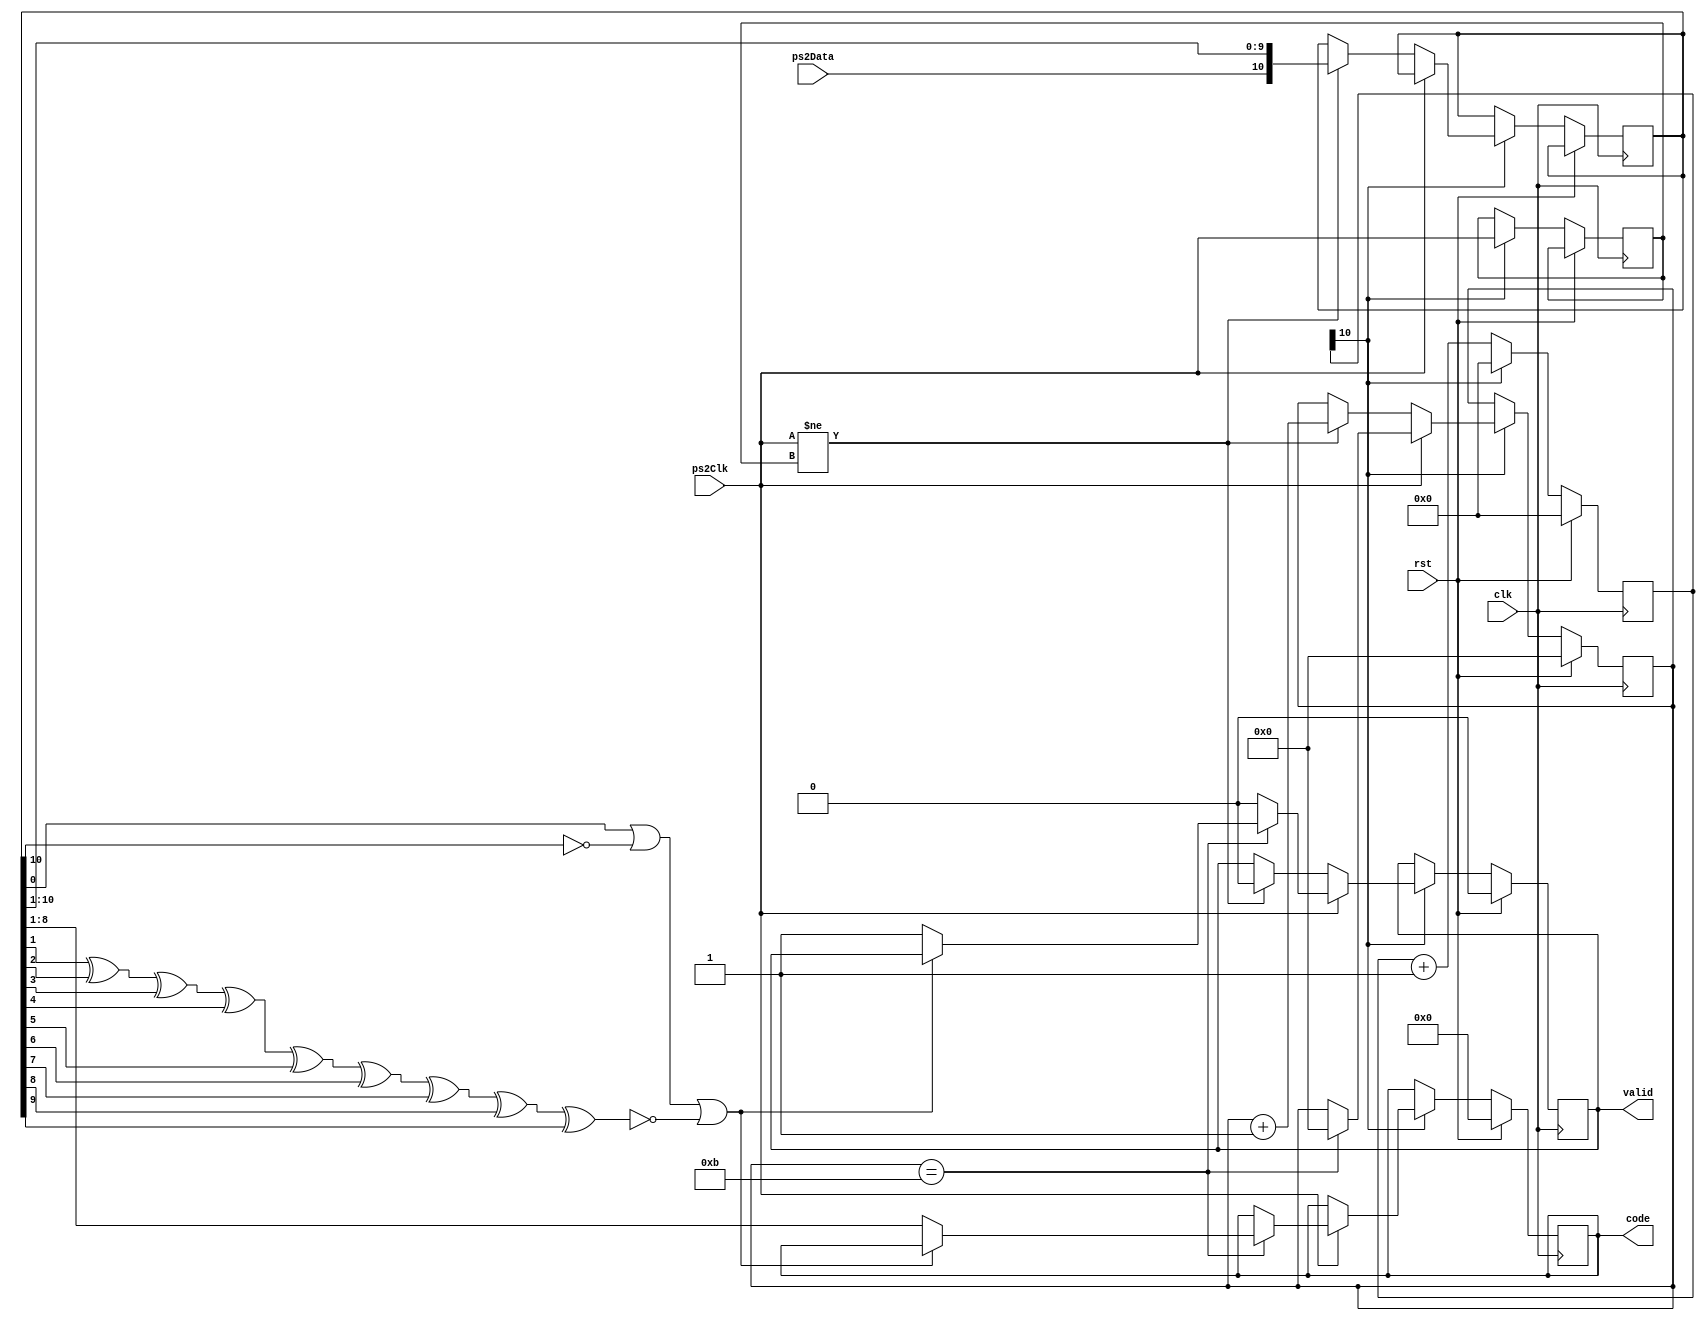
//https://www.avrfreaks.net/sites/default/files/PS2%20Keyboard.pdf
`timescale 1ns / 1ps

module PS2(
  input clk,             // Input clock, 50MHz
  input rst,             // Reset signal
  input ps2Clk,          // PS/2 input clock, 10-16.7MHz
  input ps2Data,         // PS/2 data
  output reg [7:0] code, // Code that was detected
  output reg valid       // Whether output data is valid or not
  );

  reg [10:0] counter = 0;
  reg [10:0] dataRead = 0;
  reg [3:0]  bitsReceived = 0;
  reg previousClk = 1;

  // Create signal every clk/1000 (50kHz) in order to verify the PS/2 inputs
  // This signal needs to be greater than 2 x PS/2 clock = 33.4kHz
  always @(posedge clk) begin
    if(rst)
      counter <= 0;
    else if(counter[10])
      counter <= 0;
    else
      counter <= counter + 1;
  end

  always @(posedge clk) begin
    if(rst) begin   // Reset to default values
      valid <= 0;
      code <= 0;
      bitsReceived <= 0;
      // dataRead <= 0;  // dataRead doesn't need to be reset since, if a good message is reeived, all bits are changed
    end else if(counter[10]) begin
      if(!ps2Clk) begin                   // "Data sent from the device to the host is...
        if(ps2Clk != previousClk) begin   // ...read on the falling edge of the clock signal"
          dataRead[10:0] <= {ps2Data, dataRead[10:1]};	// add up the data received by shifting bits and adding one new bit
          bitsReceived <= bitsReceived + 1;
          valid <= 0;
        end
      end else if(bitsReceived == 4'd11) begin   // If the 11 bits of the PS2 data were received
        bitsReceived <= 4'd0;
        // 1 start bit - always 0. 1 parity bit (odd parity). 1 stop bit - always 1
        // The parity bit is set if there is an even number of 1's in the data bits
        // and reset (0) if there is an odd number of 1's in the data bits
        if(!(dataRead[0] || !dataRead[10] || !(dataRead[1] ^ dataRead[2] ^ dataRead[3]
           ^ dataRead[4] ^ dataRead[5] ^ dataRead[6] ^ dataRead[7] ^ dataRead[8]
           ^ dataRead[9]))) begin
          code <= dataRead[8:1];
          valid <= 1;
        end
      end else
	     valid <= 0;
      previousClk <= ps2Clk;
    end
  end
  
endmodule